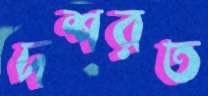
দশরত